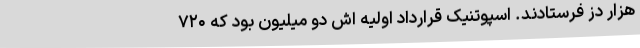
هزار دُز فرستادند. اسپوتنیک قرارداد اولیه اش دو میلیون بود که ۷۲۰